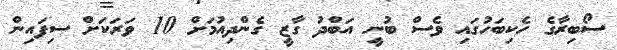
ސޯބިރާގެ ހެކިބަހުގައި ވެސް ބުނީ އަބްދު ގާޒީ ގެންދިއުމަށް 10 ވަރަކަށް ސިފައިން